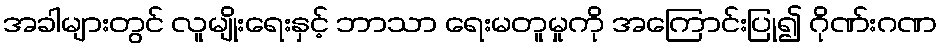
အခါများတွင် လူမျိုးရေးနှင့် ဘာသာ ရေးမတူမှုကို အကြောင်းပြု၍ ဂိုဏ်းဂဏ